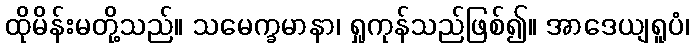
ထိုမိန်းမတို့သည်။ သမေက္ခမာနာ၊ ရှုကုန်သည်ဖြစ်၍။ အာဒေယျရူပံ၊